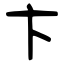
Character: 卞